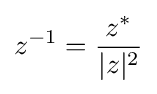
z^{-1}={\frac {z^{*}}{|z|^{2}}}